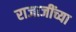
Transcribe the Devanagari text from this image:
राजाजींच्या